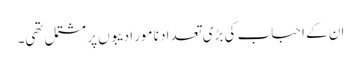
ان کے احباب کی بڑی تعداد نامور ادیبوں پر مشتمل تھی۔